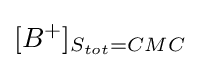
[B^{+}]_{S_{tot}=CMC}